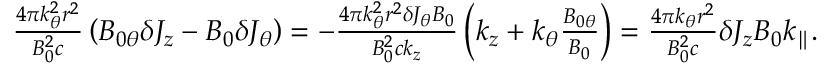
\begin{array} { r } { \frac { 4 \pi k _ { \theta } ^ { 2 } r ^ { 2 } } { B _ { 0 } ^ { 2 } c } \left( B _ { 0 \theta } \delta J _ { z } - B _ { 0 } \delta J _ { \theta } \right) = - \frac { 4 \pi k _ { \theta } ^ { 2 } r ^ { 2 } \delta J _ { \theta } B _ { 0 } } { B _ { 0 } ^ { 2 } c k _ { z } } \left( k _ { z } + k _ { \theta } \frac { B _ { 0 \theta } } { B _ { 0 } } \right) = \frac { 4 \pi k _ { \theta } r ^ { 2 } } { B _ { 0 } ^ { 2 } c } \delta J _ { z } B _ { 0 } k _ { \parallel } . } \end{array}